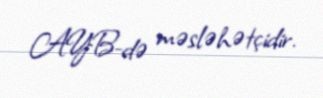
AYB-də məsləhətçidir.